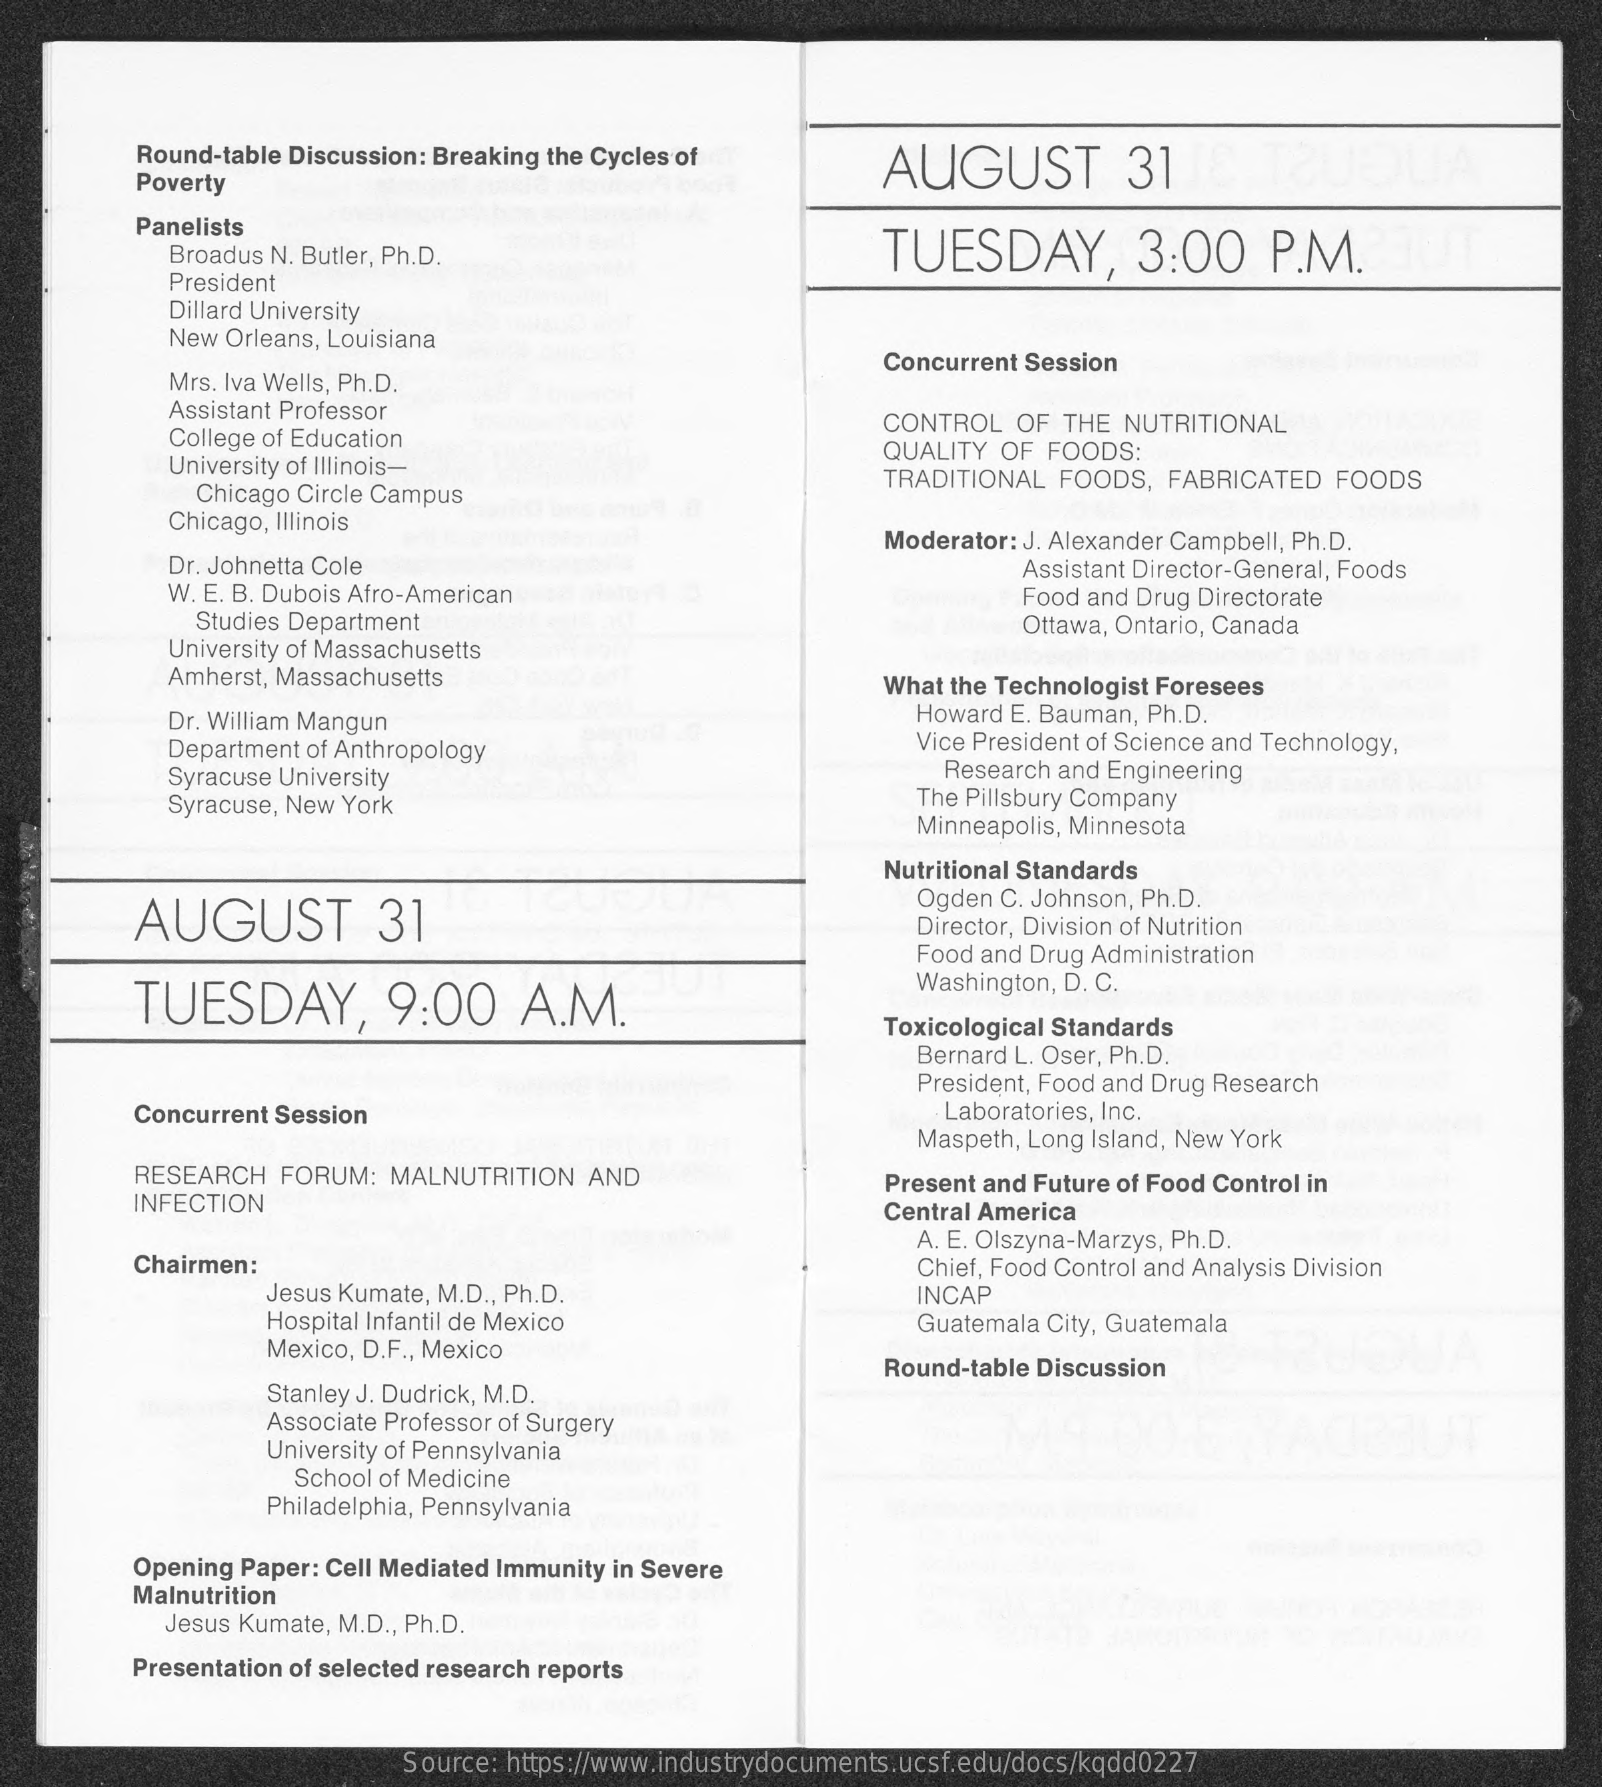
Round-table Discussion: Breaking the Cycles of AUGUST 31
     Poverty
     Panelists
     Broadus N. Butler, Ph.D.    TUESDAY,    3:00   P.M.
     President
     Dillard University
     New Orleans, Louisiana
     Mrs. Iva Wells, Ph.D.
     Concurrent Session
     Assistant Professor
     College of Education
     CONTROL OF THE NUTRITIONAL
     University of Illinois-
     QUALITY OF FOODS:
     Chicago Circle Campus
     TRADITIONAL FOODS, FABRICATED FOODS
     Chicago, Illinois
     Moderator: J. Alexander Campbell, Ph.D.
     Dr. Johnetta Cole
     W. E. B. Dubois Afro-American
     Assistant Director-General, Foods
     Studies Department
     Food and Drug Directorate
     Ottawa, Ontario, Canada
     University of Massachusetts
     Amherst, Massachusetts    What the Technologist Foresees
     Dr. William Mangun    Howard E. Bauman, Ph.D.
     Department of Anthropology    Vice President of Science and Technology,
     Syracuse University    Research and Engineering
     Syracuse, New York    The Pillsbury Company
     Minneapolis, Minnesota
     Nutritional Standards
     AUGUST    31
     Ogden C. Johnson, Ph.D.
     Director, Division of Nutrition
     Food and Drug Administration
     TUESDAY,    9:00  A.M.
     Washington, D. C.
     Toxicological Standards
     Bernard L. Oser, Ph.D.
     President, Food and Drug Research
     Concurrent Session    Laboratories, Inc.
     Maspeth, Long Island, New York
     RESEARCH FORUM: MALNUTRITION AND
     INFECTION
     Present and Future of Food Control in
     Central America
     A. E. Olszyna-Marzys, Ph.D.
     Chairmen:    Chief, Food Control and Analysis Division
     Jesus Kumate, M.D ., Ph.D.    INCAP
     Hospital Infantil de Mexico
     Mexico, D.F ., Mexico
     Guatemala City, Guatemala
     Round-table Discussion
     Stanley J. Dudrick, M.D.
     Associate Professor of Surgery
     University of Pennsylvania
     School of Medicine
     Philadelphia, Pennsylvania
     Opening Paper: Cell Mediated Immunity in Severe
     Malnutrition
     Jesus Kumate, M.D ., Ph.D.
     Presentation of selected research reports
     Source: https://www.industrydocuments.ucsf.edu/docs/kqdd0227